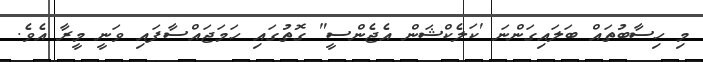
މި ހިސާބުތައް ބަލައިގަންނަ 'ކަލެކްޝަން އެޖެންސީ" ގޮތުގައި ހަމަޖައްސާފައި ވަނީ މީރާ އެވެ.